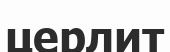
церлит